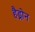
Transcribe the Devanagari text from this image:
हैड्रोन